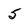
Character: 5